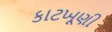
કાટખૂણી